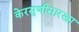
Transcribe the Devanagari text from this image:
केरसुणीसारखा